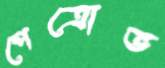
পেত্রোভ